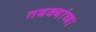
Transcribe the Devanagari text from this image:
तबक्यांच्या